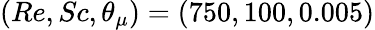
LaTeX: (Re,Sc,\theta_{\mu})=(750,100,0.005)